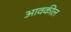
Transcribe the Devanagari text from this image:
आवकील